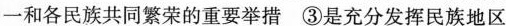
一和各民族共同繁荣的重要举措 ③是充分发挥民族地区